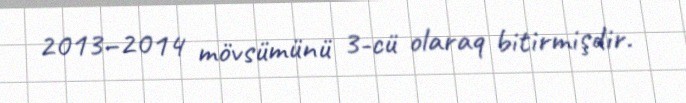
2013–2014 mövsümünü 3-cü olaraq bitirmişdir.